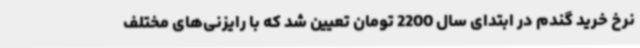
نرخ خرید گندم در ابتدای سال 2200 تومان تعیین شد که با رایزنی‌های مختلف